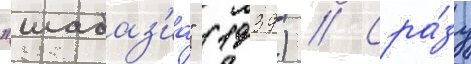
"шабаз'иа" (1939) // Сра́зу